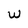
Character: w